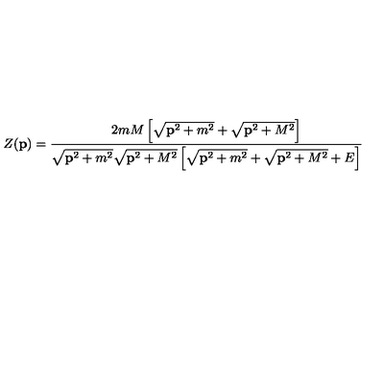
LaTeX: Z ( { \bf p } ) = \frac { 2 m M \left[ \sqrt { { \bf p } ^ { 2 } + m ^ { 2 } } + \sqrt { { \bf p } ^ { 2 } + M ^ { 2 } } \right] } { \sqrt { { \bf p } ^ { 2 } + m ^ { 2 } } \sqrt { { \bf p } ^ { 2 } + M ^ { 2 } } \left[ \sqrt { { \bf p } ^ { 2 } + m ^ { 2 } } + \sqrt { { \bf p } ^ { 2 } + M ^ { 2 } } + E \right] }